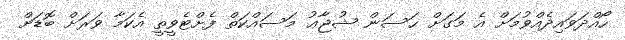
ހޯއްދަވައިދެއްވުމަށް އެ މަގަށް ޙަސަން ޝުޖާޢު މަސައްކަތް ފެށްޓެވީތީ އެކަމާ ވަރަށް ބޮޑަށް